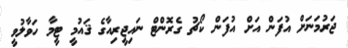
ޖަރުމަނަށް އުފަން އަށް އުފަން ކޯޗު ގެރޮންޓް ނައިޖީރިއާގެ ޤައުމީ ޓީމާ ހަވާލުވީ